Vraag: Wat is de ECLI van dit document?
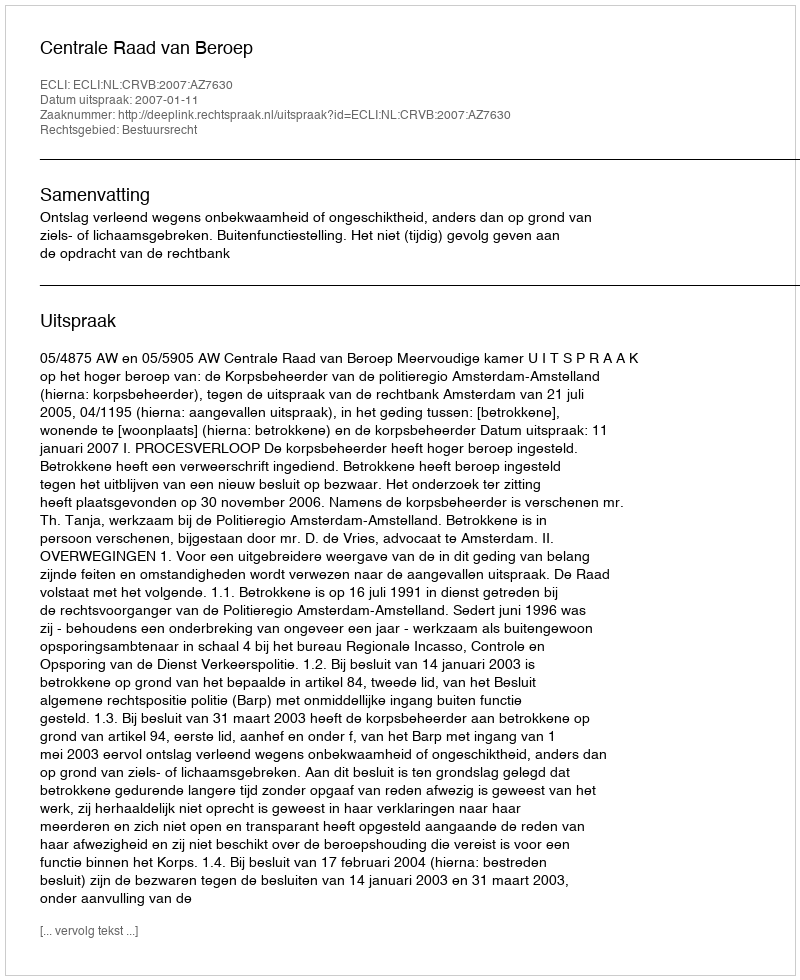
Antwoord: ECLI:NL:CRVB:2007:AZ7630